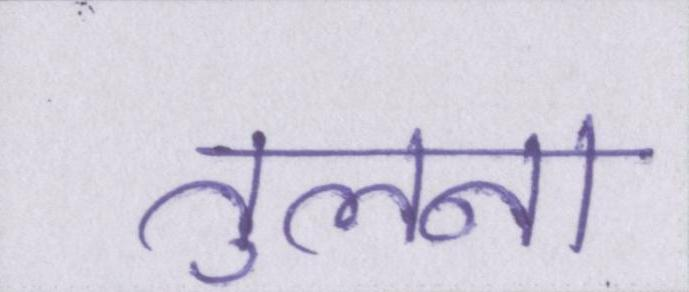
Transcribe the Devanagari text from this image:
तुलना